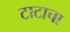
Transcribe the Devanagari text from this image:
टाटाचा